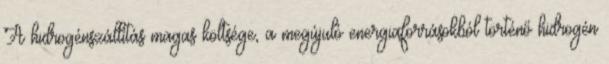
A hidrogénszállítás magas költsége, a megújuló energiaforrásokból történő hidrogén